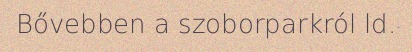
Bővebben a szoborparkról ld.